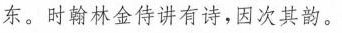
东。时翰林金侍讲有诗，因次其韵。